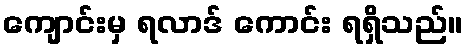
ကျောင်းမှ ရလာဒ် ကောင်း ရရှိသည်။